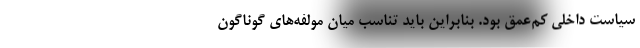
سیاست داخلی کم‌عمق بود. بنابراین باید تناسب میان مولفه‌های گوناگون